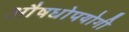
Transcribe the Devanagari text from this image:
औषधोपयोगी